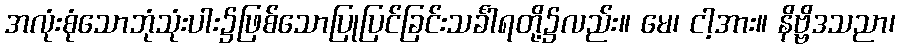
အလုံးစုံသောဘုံသုံးပါး၌ဖြစ်သောပြုပြင်ခြင်းသင်္ခါရတို့၌လည်း။ မေ၊ ငါ့အား။ နိဗ္ဗိဒသညာ၊